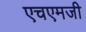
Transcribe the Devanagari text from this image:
एचएमजी